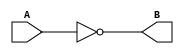
module not_gate(
    input wire A,
    output reg B
);

always @ (A)
    B = ~A;

endmodule